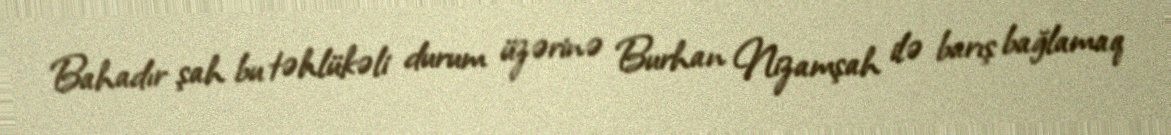
Bahadır şah bu təhlükəli durum üzərinə Burhan Nizamşah ilə barış bağlamaq